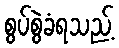
စွပ်စွဲခံရသည့်